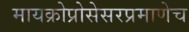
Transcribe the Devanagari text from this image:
मायक्रोप्रोसेसरप्रमाणेच